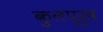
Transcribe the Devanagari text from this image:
कुलपुरुष